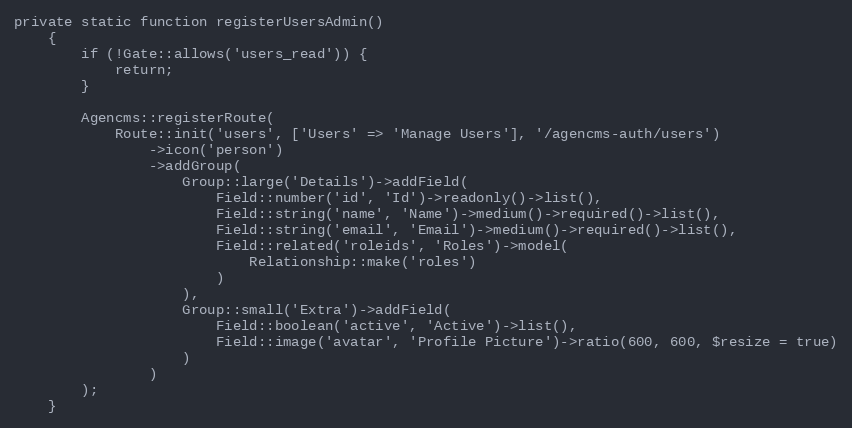
Language: PHP
private static function registerUsersAdmin()
    {
        if (!Gate::allows('users_read')) {
            return;
        }

        Agencms::registerRoute(
            Route::init('users', ['Users' => 'Manage Users'], '/agencms-auth/users')
                ->icon('person')
                ->addGroup(
                    Group::large('Details')->addField(
                        Field::number('id', 'Id')->readonly()->list(),
                        Field::string('name', 'Name')->medium()->required()->list(),
                        Field::string('email', 'Email')->medium()->required()->list(),
                        Field::related('roleids', 'Roles')->model(
                            Relationship::make('roles')
                        )
                    ),
                    Group::small('Extra')->addField(
                        Field::boolean('active', 'Active')->list(),
                        Field::image('avatar', 'Profile Picture')->ratio(600, 600, $resize = true)
                    )
                )
        );
    }